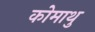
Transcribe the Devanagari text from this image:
कोमाथु